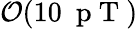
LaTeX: \mathcal{O}(10~\mathrm{~p~T~})